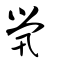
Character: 煢